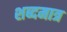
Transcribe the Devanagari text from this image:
शब्दमात्र